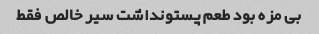
بی مزه بود طعم پستونداشت سیر خالص فقط